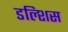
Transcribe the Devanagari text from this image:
डल्शिस